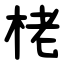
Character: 栳